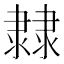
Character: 𨽼